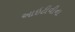
આઇટીવીના